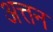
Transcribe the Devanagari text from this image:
अत्तन